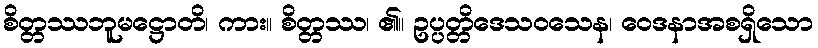
စိတ္တဿဘူမဋ္ဌောတိ၊ ကား။ စိတ္တဿ၊ ၏။ ဥပ္ပတ္တိဒေသဝသေန၊ ဝေဒနာအစရှိသော